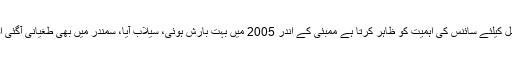
کبھی کبھی مسئلہ بھی حل کیلئے سائنس کی اہمیت کو ظاہر کرتا ہے ممبئی کے اندر 2005 میں بہت بارش ہوئی، سیلاب آیا، سمندر میں بھی طغیانی آگئی اور بہت پریشانیاں ہوئیں۔